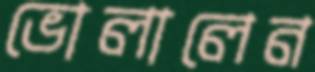
ভোলালেন